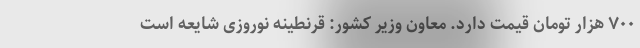
۷۰۰ هزار تومان قیمت دارد. معاون وزیر کشور: قرنطینه نوروزی شایعه است